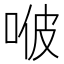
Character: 𠳩